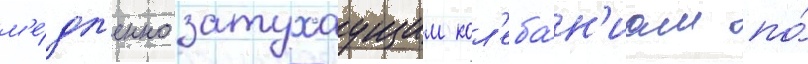
м'е́дл'енно затухаущим кол'еба́н'иам по́